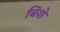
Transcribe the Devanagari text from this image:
बिशे